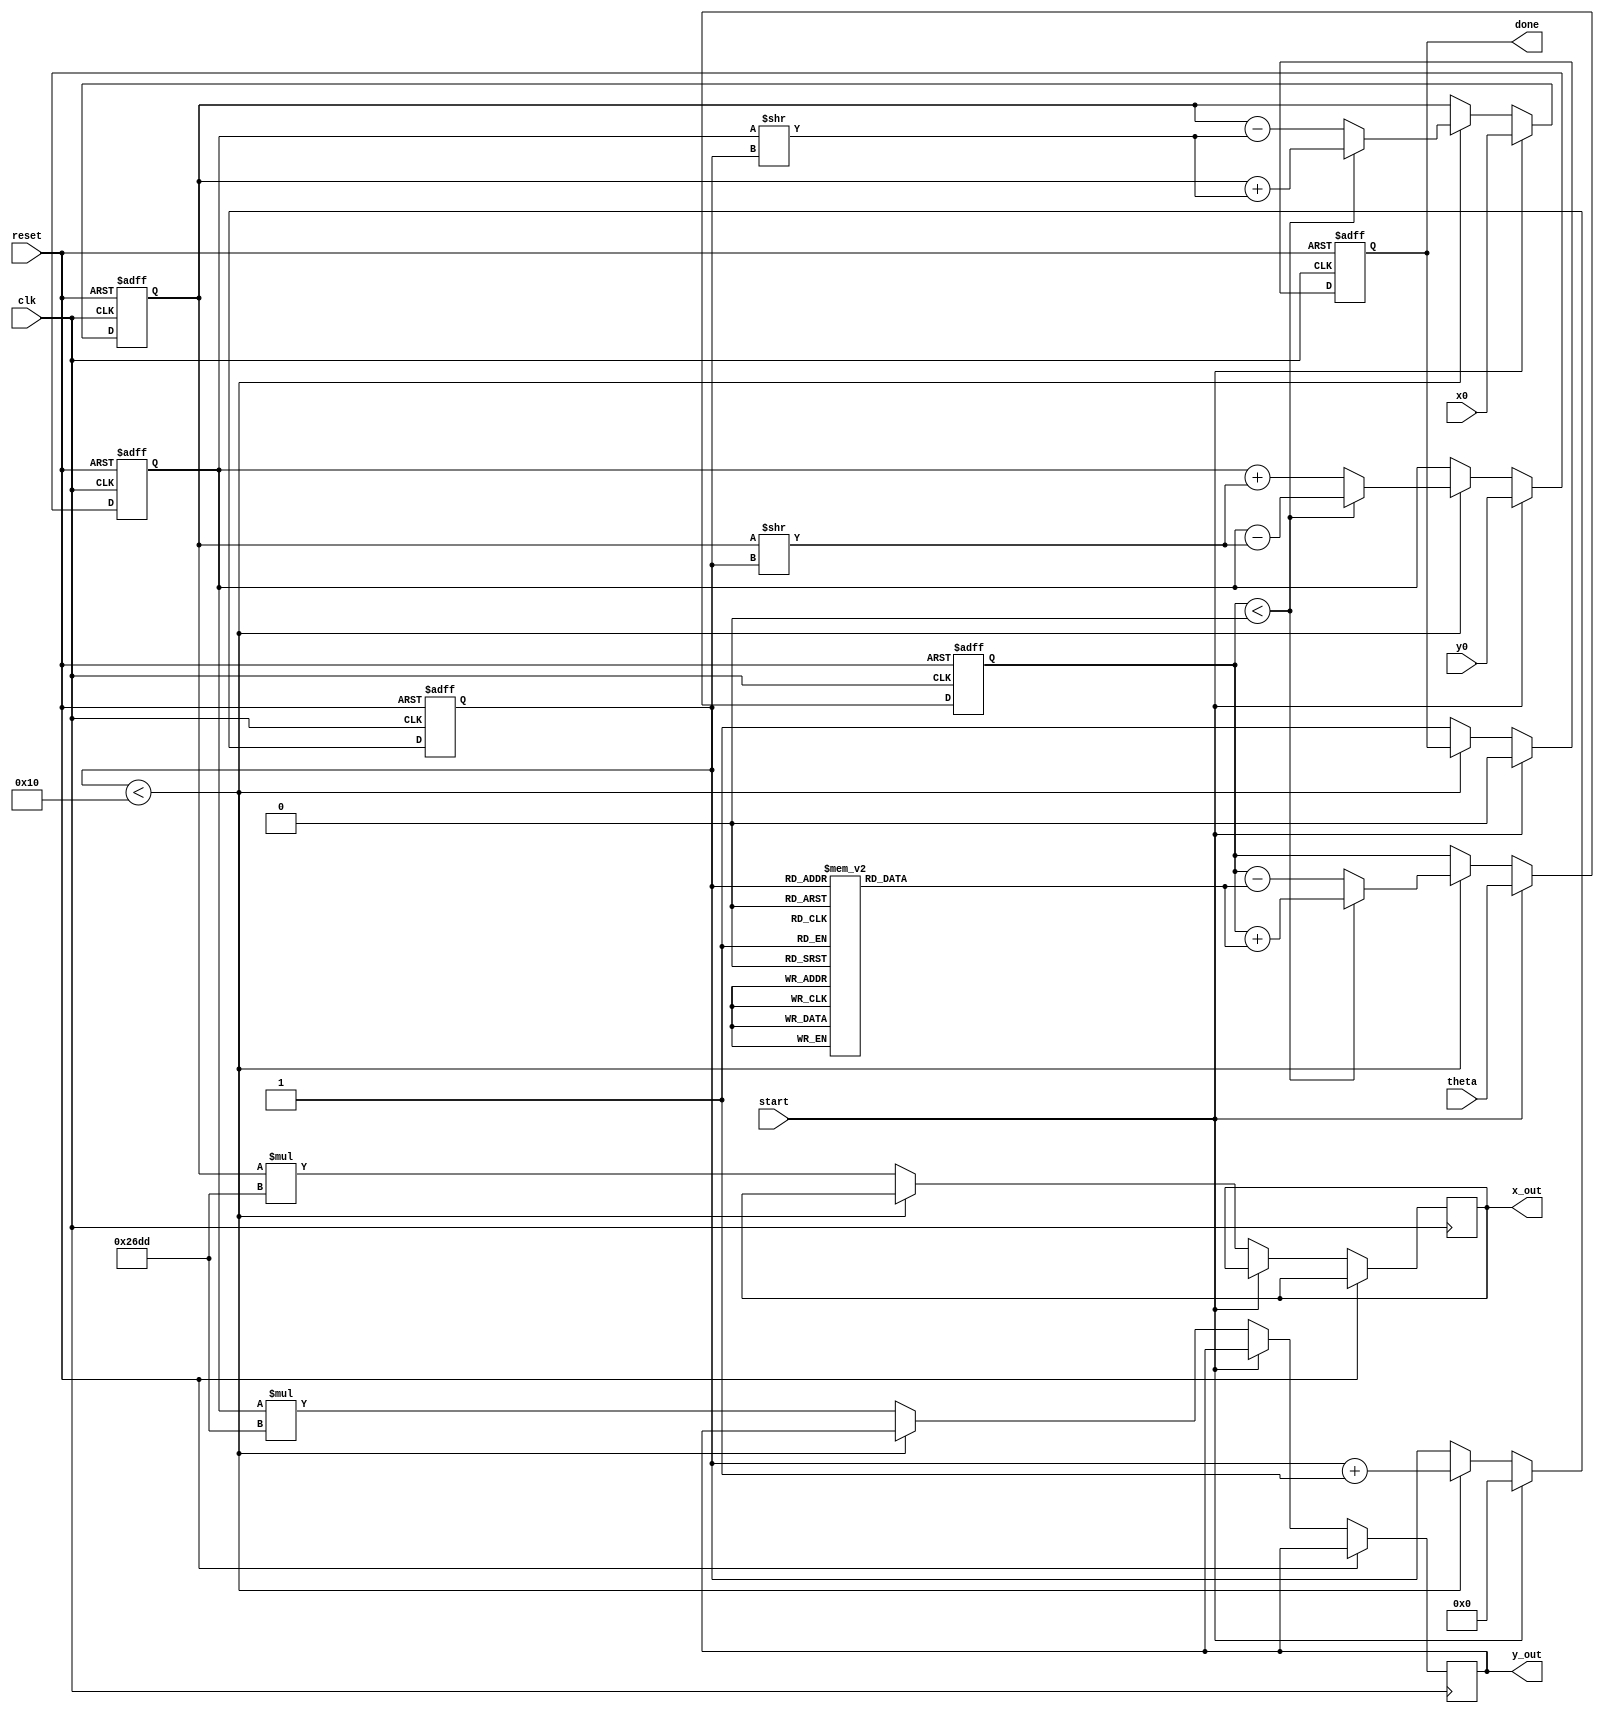
module cordic(
    input wire clk,
    input wire reset,
    input wire start,
    input wire [15:0] theta, // Input angle in fixed-point representation
    input wire [15:0] x0,    // Initial X coordinate
    input wire [15:0] y0,    // Initial Y coordinate
    output reg [15:0] x_out,
    output reg [15:0] y_out,
    output reg done
);

    // Parameters
    parameter NUM_ITERATIONS = 16; // Number of iterations
    parameter SCALE_FACTOR = 16'h26DD; // Scaling factor (2^(-i) * K, K = product of scaling factors)

    // Internal Registers
    reg [15:0] x_reg;
    reg [15:0] y_reg;
    reg [15:0] z_reg;
    reg [3:0] iteration;
    reg [15:0] arctan_table [0:NUM_ITERATIONS-1]; // Lookup table for arctan(2^-i)

    // Initialization of arctan lookup table
    initial begin
        arctan_table[0] = 16'h2000; // atan(2^0) = 0.463647 (in fixed-point)
        arctan_table[1] = 16'h1400; // atan(2^-1) = 0.244978
        arctan_table[2] = 16'h0A00; // atan(2^-2) = 0.124389
        arctan_table[3] = 16'h0500; // atan(2^-3) = 0.062418
        arctan_table[4] = 16'h0280; // atan(2^-4) = 0.031240
        arctan_table[5] = 16'h0140; // atan(2^-5) = 0.015624
        arctan_table[6] = 16'h00A0; // atan(2^-6) = 0.007812
        arctan_table[7] = 16'h0050; // atan(2^-7) = 0.003906
        arctan_table[8] = 16'h0028; // atan(2^-8) = 0.001953
        arctan_table[9] = 16'h0014; // atan(2^-9) = 0.000977
        arctan_table[10] = 16'h000A; // atan(2^-10) = 0.000488
        arctan_table[11] = 16'h0005; // atan(2^-11) = 0.000244
        arctan_table[12] = 16'h0002; // atan(2^-12) = 0.000122
        arctan_table[13] = 16'h0001; // atan(2^-13) = 0.000061
        arctan_table[14] = 16'h0000; // atan(2^-14) = 0.000030
        arctan_table[15] = 16'h0000; // atan(2^-15) = 0.000015
    end

    // FSM for CORDIC iterations
    always @(posedge clk or posedge reset) begin
        if (reset) begin
            x_reg <= 0;
            y_reg <= 0;
            z_reg <= 0;
            iteration <= 0;
            done <= 0;
        end else if (start) begin
            x_reg <= x0;
            y_reg <= y0;
            z_reg <= theta;
            iteration <= 0;
            done <= 0;
        end else if (iteration < NUM_ITERATIONS) begin
            if (z_reg < 0) begin
                // Counterclockwise rotation
                x_reg <= x_reg + (y_reg >> iteration);
                y_reg <= y_reg - (x_reg >> iteration);
                z_reg <= z_reg + arctan_table[iteration];
            end else begin
                // Clockwise rotation
                x_reg <= x_reg - (y_reg >> iteration);
                y_reg <= y_reg + (x_reg >> iteration);
                z_reg <= z_reg - arctan_table[iteration];
            end
            iteration <= iteration + 1;
        end else begin
            // Final output after all iterations
            x_out <= x_reg * SCALE_FACTOR;
            y_out <= y_reg * SCALE_FACTOR;
            done <= 1;
        end
    end

endmodule